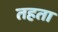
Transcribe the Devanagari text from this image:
तहता